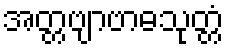
အတ္တဗျာဗာဓသုတ္တံ